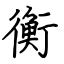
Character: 衡